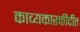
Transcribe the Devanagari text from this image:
काव्यकारकीर्दीत